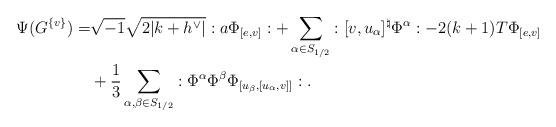
LaTeX: \begin{align*} \Psi(G^{\{ v \}})=&\sqrt{-1}\sqrt{2|k+h^\vee|}:a \Phi_{[e,v]}:+\sum_{\alpha \in S_{1/2}} : [v,u_{\alpha}]^\natural\Phi^{\alpha}: -2(k+1) T \Phi_{[e,v]}\\& +\frac{1}{3} \sum_{\alpha ,\beta \in S_{1/2}} : \Phi^{\alpha} \Phi^{\beta}\Phi_{[u_{\beta},[u_{\alpha},v]]} : . \end{align*}